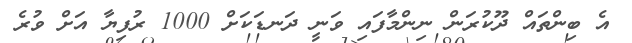
އެ ބިންތައް ދޫކުރަން ނިންމާފައި ވަނީ ދަނޑަކަށް 1000 ރުފިޔާ އަށް ވުރެ